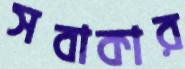
সবাকার